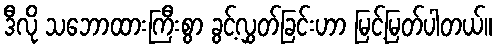
ဒီလို သဘောထားကြီးစွာ ခွင့်လွှတ်ခြင်းဟာ မြင့်မြတ်ပါတယ်။